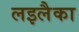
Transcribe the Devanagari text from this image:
लइलैका